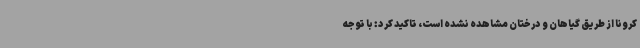
کرونا از طریق گیاهان و درختان مشاهده نشده است، تاکید کرد: با توجه